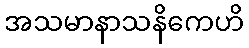
အသမာနာသနိကေဟိ